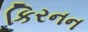
કિરનન